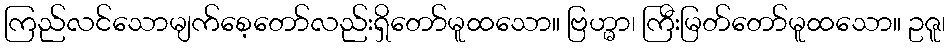
ကြည်လင်သောမျက်စေ့တော်လည်းရှိတော်မူထသော။ ဗြဟ္မာ၊ ကြီးမြတ်တော်မူထသော။ ဥဇူ၊